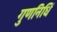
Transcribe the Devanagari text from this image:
गुणनिधिं